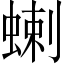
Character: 蝲